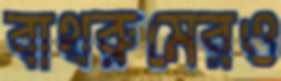
বাথরুমেরও